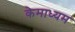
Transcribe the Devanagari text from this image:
केमाध्यम